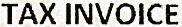
TAX INVOICE